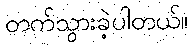
တက်သွားခဲ့ပါတယ်။